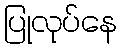
ပြုလုပ်နေ